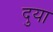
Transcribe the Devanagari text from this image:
दुया